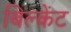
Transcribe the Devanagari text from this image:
बिल्केंट